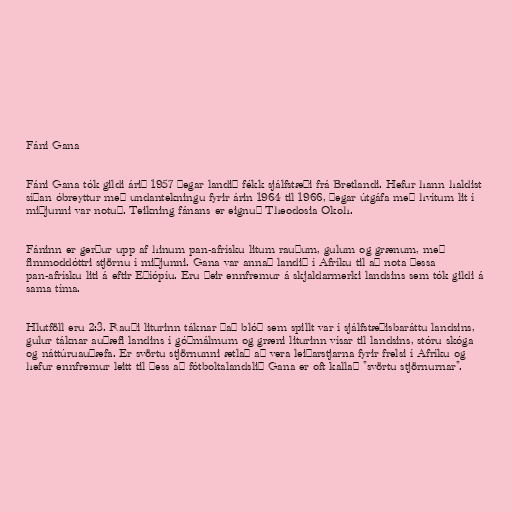
Fáni Gana

Fáni Gana tók gildi árið 1957 þegar landið fékk sjálfstæði frá Bretlandi. Hefur hann haldist
síðan óbreyttur með undantekningu fyrir árin 1964 til 1966, þegar útgáfa með hvítum lit í
miðjunni var notuð. Teikning fánans er eignuð Theodosia Okoh.

Fáninn er gerður upp af hinum pan-afrísku litum rauðum, gulum og grænum, með
fimmoddóttri stjörnu í miðjunni. Gana var annað landið í Afríku til að nota þessa
pan-afrísku liti á eftir Eþíópíu. Eru þeir ennfremur á skjaldarmerki landsins sem tók gildi á
sama tíma.

Hlutföll eru 2:3. Rauði liturinn táknar það blóð sem spillt var í sjálfstæðisbaráttu landsins,
gulur táknar auðæfi landins í góðmálmum og græni liturinn vísar til landsins, stóru skóga
og náttúruauðæfa. Er svörtu stjörnunni ætlað að vera leiðarstjarna fyrir frelsi í Afríku og
hefur ennfremur leitt til þess að fótboltalandslið Gana er oft kallað "svörtu stjörnurnar".